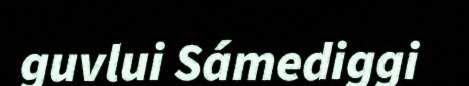
guvlui Sámediggi